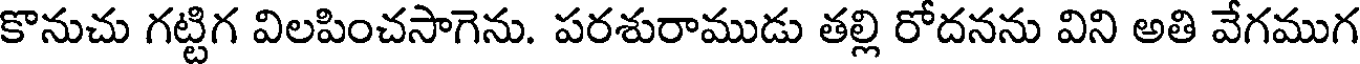
కొనుచు గట్టిగ విలపించసాగెను. పరశురాముడు తల్లి రోదనను విని అతి వేగముగ